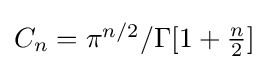
{\textstyle C_{n}=\pi ^{n/2}/\Gamma [1+{\frac {n}{2}}]}